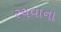
રચવાના